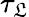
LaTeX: \tau_{\mathfrak{L}}